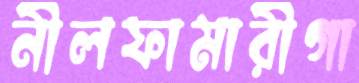
নীলফামারীগা